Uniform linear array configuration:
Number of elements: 24
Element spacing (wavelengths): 0.25
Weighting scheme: hamming
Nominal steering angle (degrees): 45
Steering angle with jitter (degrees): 43.527
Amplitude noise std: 0.05
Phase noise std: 0.05

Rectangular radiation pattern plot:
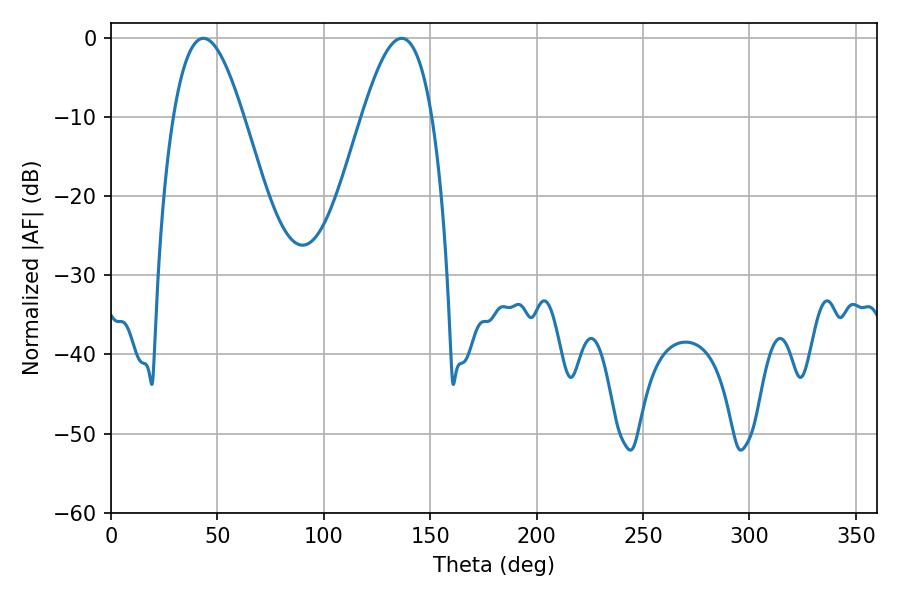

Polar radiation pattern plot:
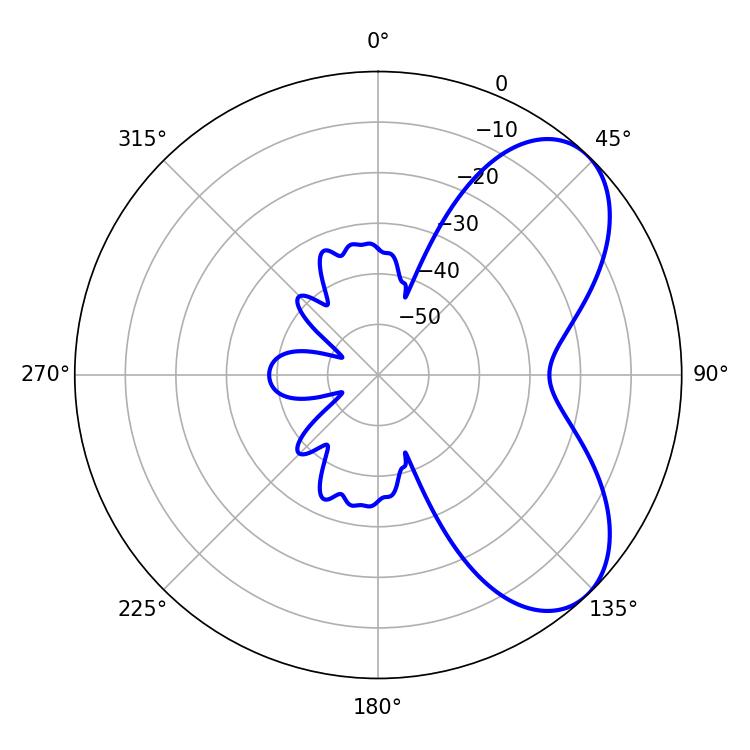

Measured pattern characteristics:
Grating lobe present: FALSE
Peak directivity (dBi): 6.232
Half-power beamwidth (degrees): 17.82
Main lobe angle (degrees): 43.38